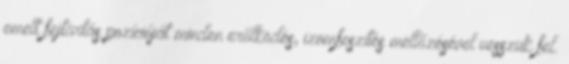
emelt fejtartás pozícióját minden erőlködés, izomfeszítés mellőzésével vesszük fel.